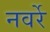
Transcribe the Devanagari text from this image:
नवर्रे